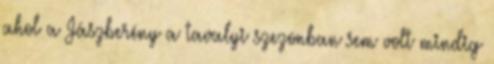
ahol a Jászberény a tavalyi szezonban sem volt mindig